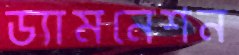
ড্যামনেশন